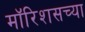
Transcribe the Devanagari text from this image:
मॉरिशसच्या